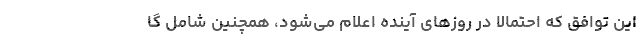
این توافق که احتمالا در روزهای آینده اعلام می‌شود، همچنین شامل گا